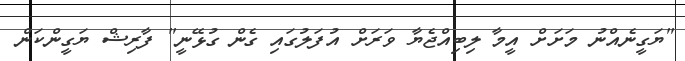
"ޔަގީނެއްނު މަށަށް އީމާ ލިބިއްޖެޔާ ވަރަށް އުފަލުގައި ގެން ގުޅޭނީ" ފާރިޝް ޔަގީންކަން